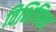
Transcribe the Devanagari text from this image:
विभिषिका